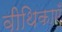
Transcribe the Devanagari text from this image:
वीथिकाएँ